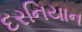
દરનિયાન